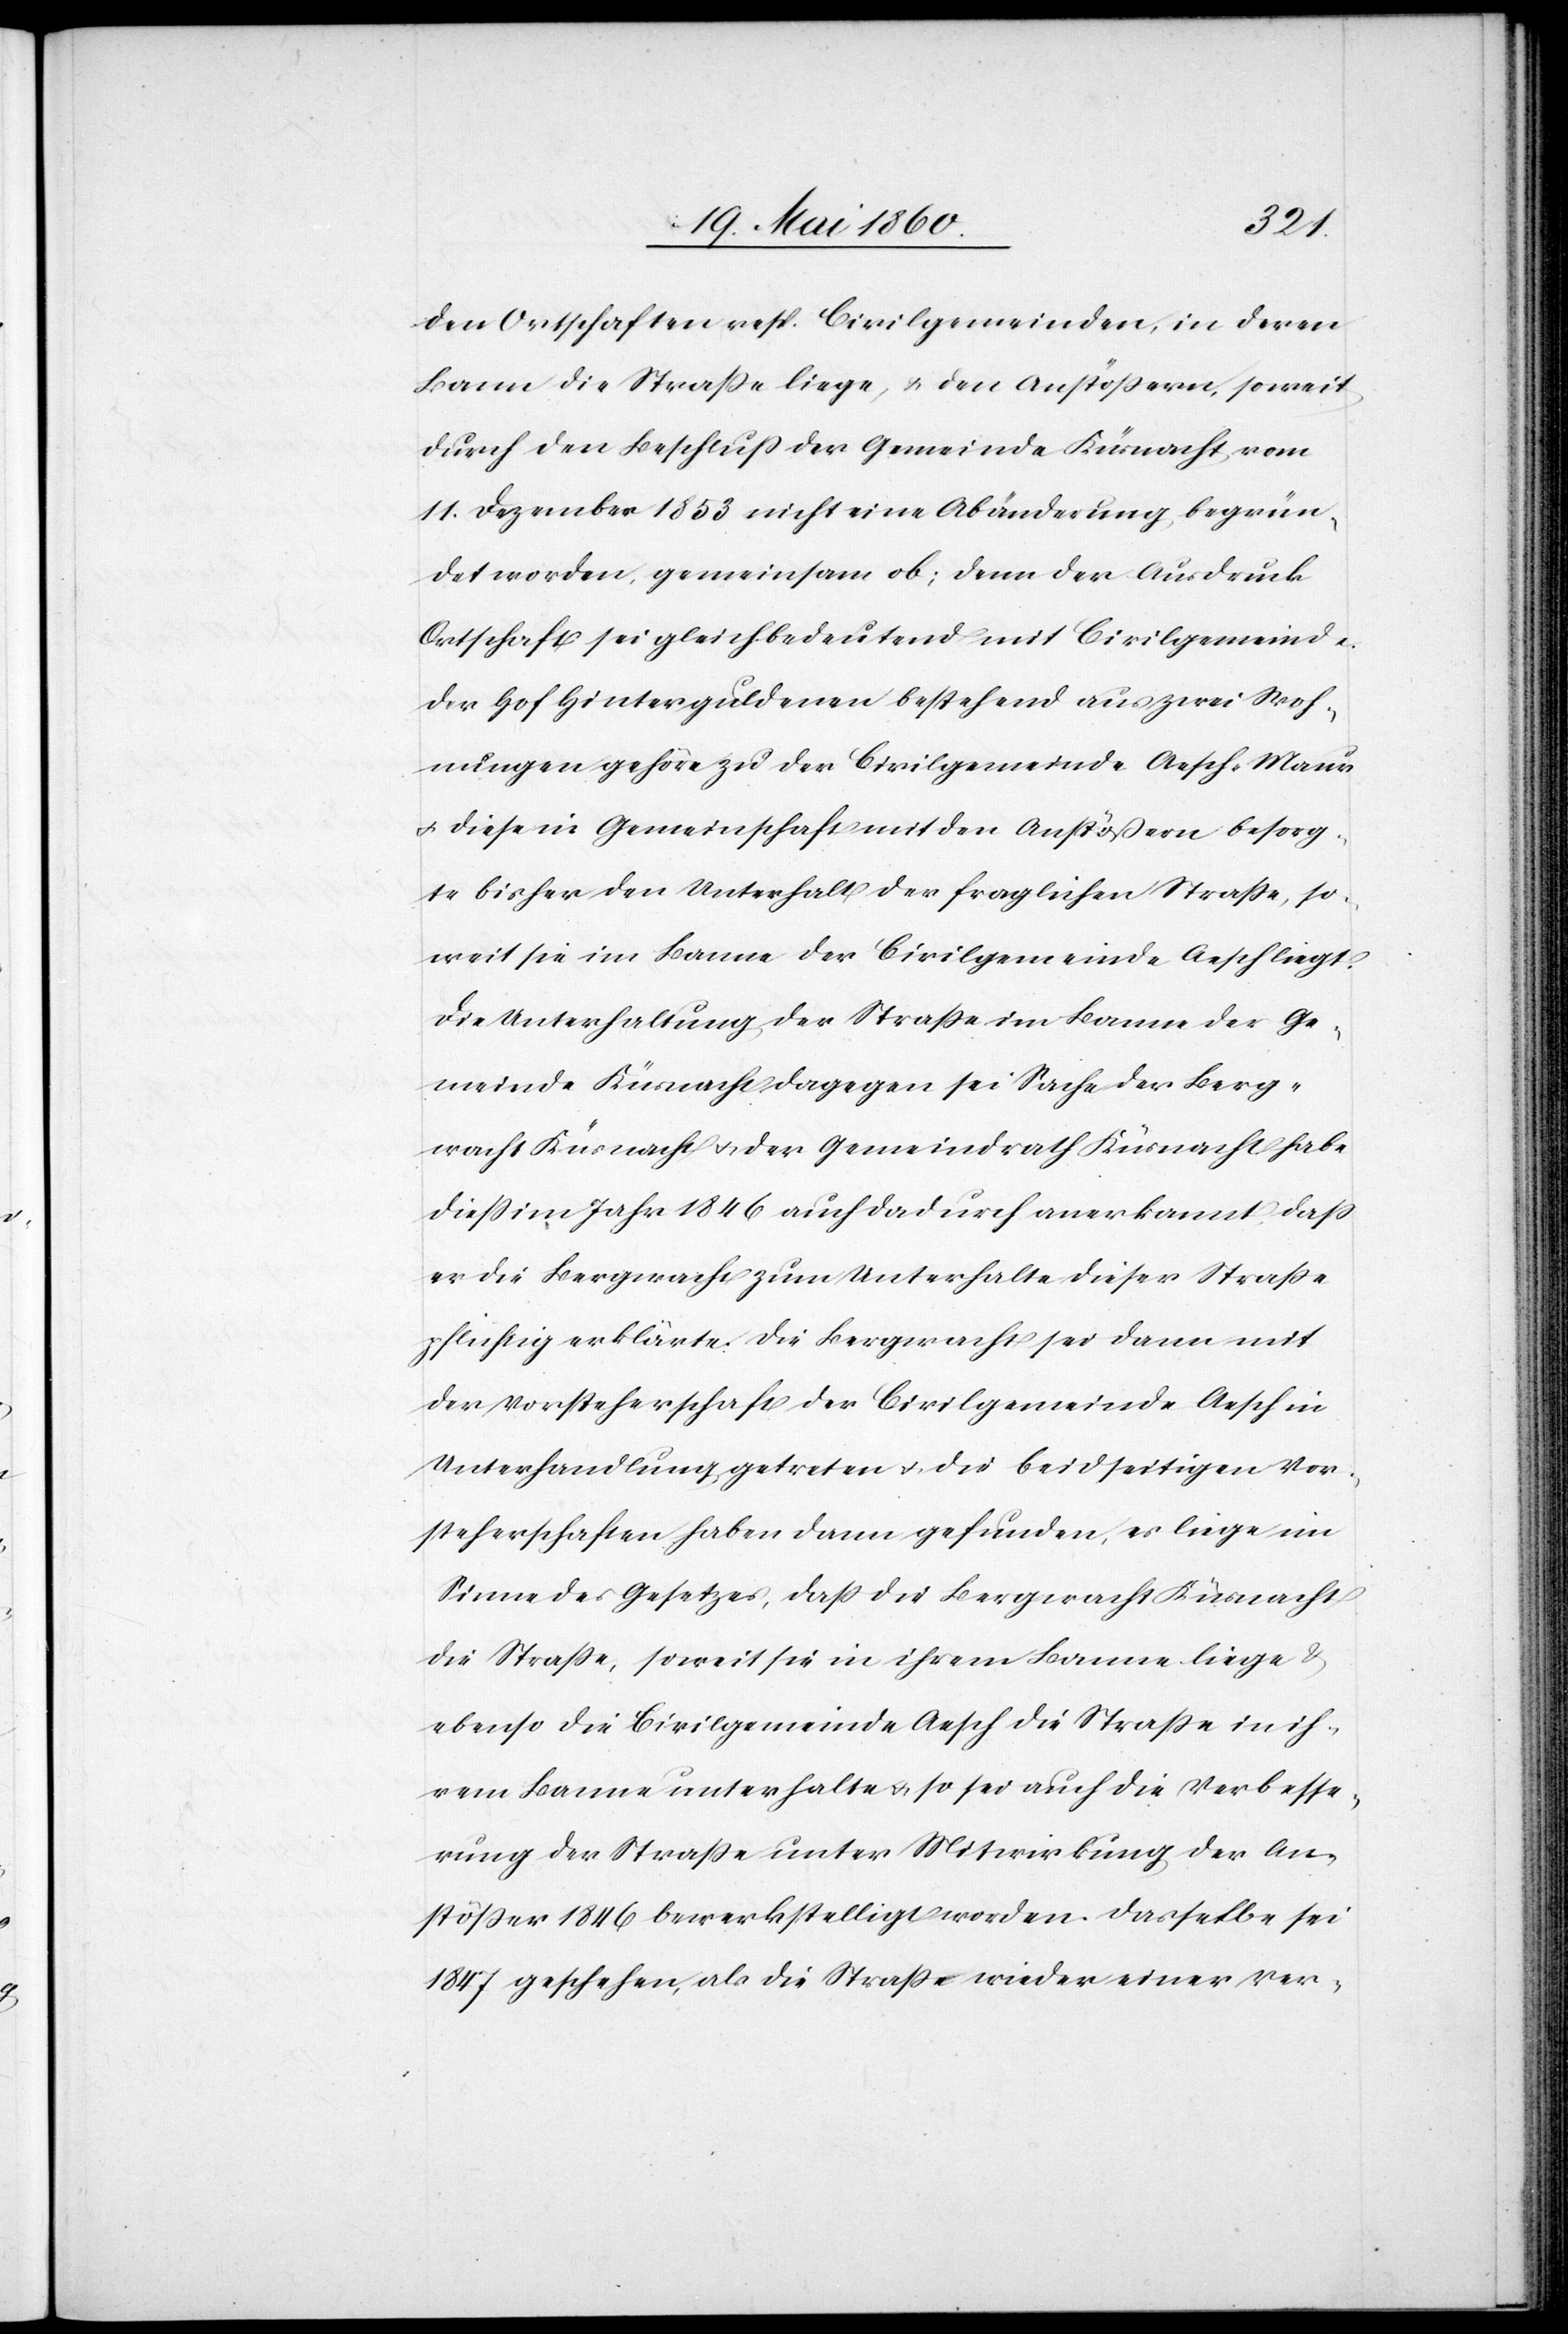
den Ortschaften resp. Civilgemeinden, in deren
Bann die Strasse liege, u. den Anstößern, soweit
durch den Beschluss der Gemeinde Küsnacht vom
11. Dezember 1853 nicht eine Abänderung, begrün¬
det worden, gemeinsam ob; denn der Ausdruck
Ortschaft sei gleichbedeutend mit Civilgemeinde.
Der Hof Hinterguldenen bestehend aus zwei Woh¬
nungen gehöre zu der Civilgemeinde Aesch-Maur
u. diese in Gemeinschaft mit den Anstössern besorg¬
te bisher den Unterhalt der fraglichen Strasse, so¬
weit sie im Banne der Civilgemeinde Aesch liegt.
Die Unterhaltung der Strasse im Banne der Ge¬
meinde Küsnacht dagegen sei Sache der Berg¬
wacht Küsnacht u. der Gemeindrath Küsnacht habe
diess im Jahr 1846 auch dadurch anerkannt, dass
er die Bergwacht zum Unterhalte dieser Strasse
pflichtig erklärte. Die Bergwacht sei dann mit
der Vorsteherschaft der Civilgemeinde Aesch in
Unterhandlung getreten u. die beidseitigen Vor¬
steherschaften haben dann gefunden, es liege im
Sinne des Gesetzes, dass die Bergwacht Küsnacht
die Strasse, soweit sie in ihrem Banne liege &
ebenso die Civilgemeinde Aesch die Strasse in ih¬
rem Banne unterhalte u. so sei auch die Verbesse¬
rung der Strasse unter Mitwirkung der An¬
stößer 1846 bewerkstelligt worden. Dasselbe sei
1847 geschehen, als die Strasse wieder einer Ver-